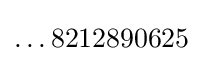
\ldots 8212890625